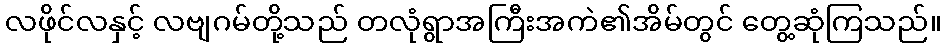
လဖိုင်လနှင့် လဗျဂမ်တို့သည် တလုံရွာအကြီးအကဲ၏အိမ်တွင် တွေ့ဆုံကြသည်။